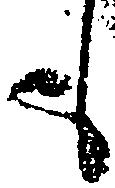
も